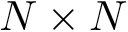
N \times N